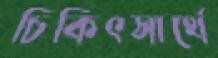
চিকিৎসার্থে